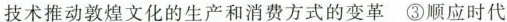
技术推动敦煌文化的生产和消费方式的变革③顺应时代